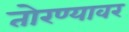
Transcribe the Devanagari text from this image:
तोरण्यावर